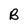
Character: B